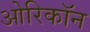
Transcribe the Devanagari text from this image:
ओरिकॉन